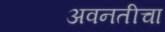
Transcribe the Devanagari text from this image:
अवनतीचा